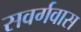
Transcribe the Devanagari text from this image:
सवर्गवास